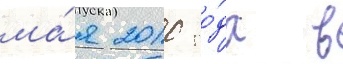
ма́я 2010 го́да в